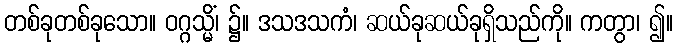
တစ်ခုတစ်ခုသော။ ဝဂ္ဂသ္မိံ၊ ၌။ ဒသဒသကံ၊ ဆယ်ခုဆယ်ခုရှိသည်ကို။ ကတွာ၊ ၍။